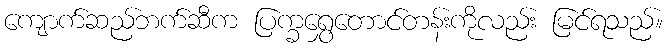
ကျောက်ဆည်ဘက်ဆီက ပြက္ခရွှေတောင်တန်းကိုလည်း မြင်ရသည်။